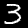
Label: 3